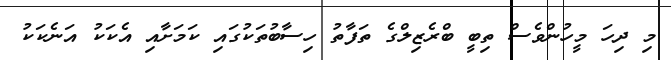
މި ދިހަ މީހުންވެސް ތިބީ ބްރެޒިލްގެ ތަފާތު ހިސާބުތަކުގައި ކަމަށާއި އެކަކު އަނެކަކު